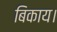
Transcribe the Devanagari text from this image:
बिकाय।